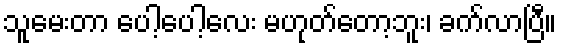
သူမေးတာ ပေါ့ပေါ့လေး မဟုတ်တော့ဘူး၊ ခက်လာပြီ။